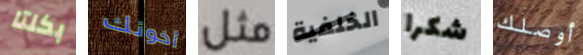
بكلتا أخونك مثل الخلفية شكرا أوصلك